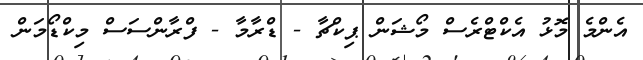
އެންމެ މޮޅު އެކްޓްރެސް މޯޝަން ޕިކްޗާ - ޑްރާމާ - ފްރާންސަސް މިކްޑޯމަން